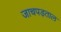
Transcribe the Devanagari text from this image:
जाचपड़ताल